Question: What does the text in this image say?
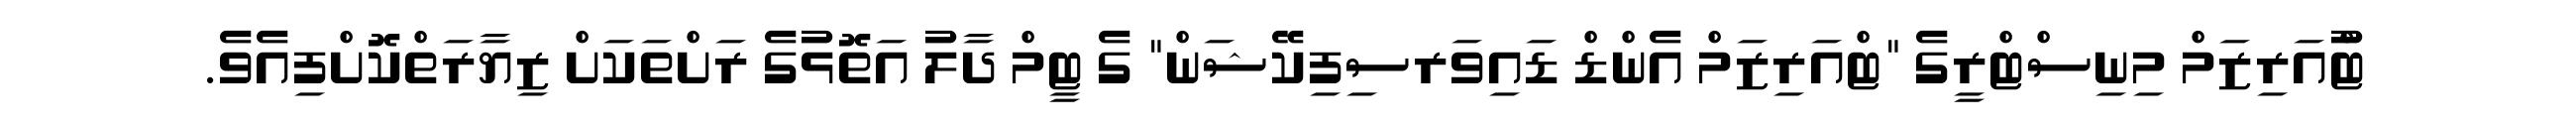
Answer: ޓްުއަރިޒަމް މިނިސްޓްރީގެ "ޓްއަރިޒަމް އެންޑް ޑައިވަރސިފިކޭޝަން" ގެ ޓީމް ދާލު އަތޮޅުގެ ރަށްތަކަށް ޒިޔާރަތްކޮށްފިއެވެ.